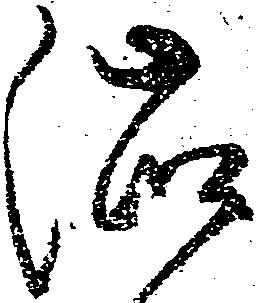
渋